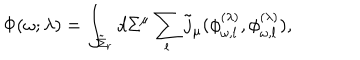
\Phi ( \omega ; \lambda ) = \int _ { \tilde { \Sigma } _ { r } } d \Sigma ^ { \mu } \sum _ { l } \tilde { j } _ { \mu } ( \phi _ { \omega , l } ^ { ( \lambda ) } , \phi _ { \omega , l } ^ { ( \lambda ) } ) ,